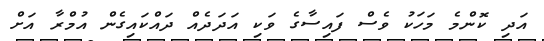
އަދި ކޮންމެ މަހަކު ވެސް ފައިސާގެ ވަކި އަދަދެއް ދައްކައިގެން އުމްރާ އަށް